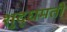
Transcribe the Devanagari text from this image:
शुद्धमती